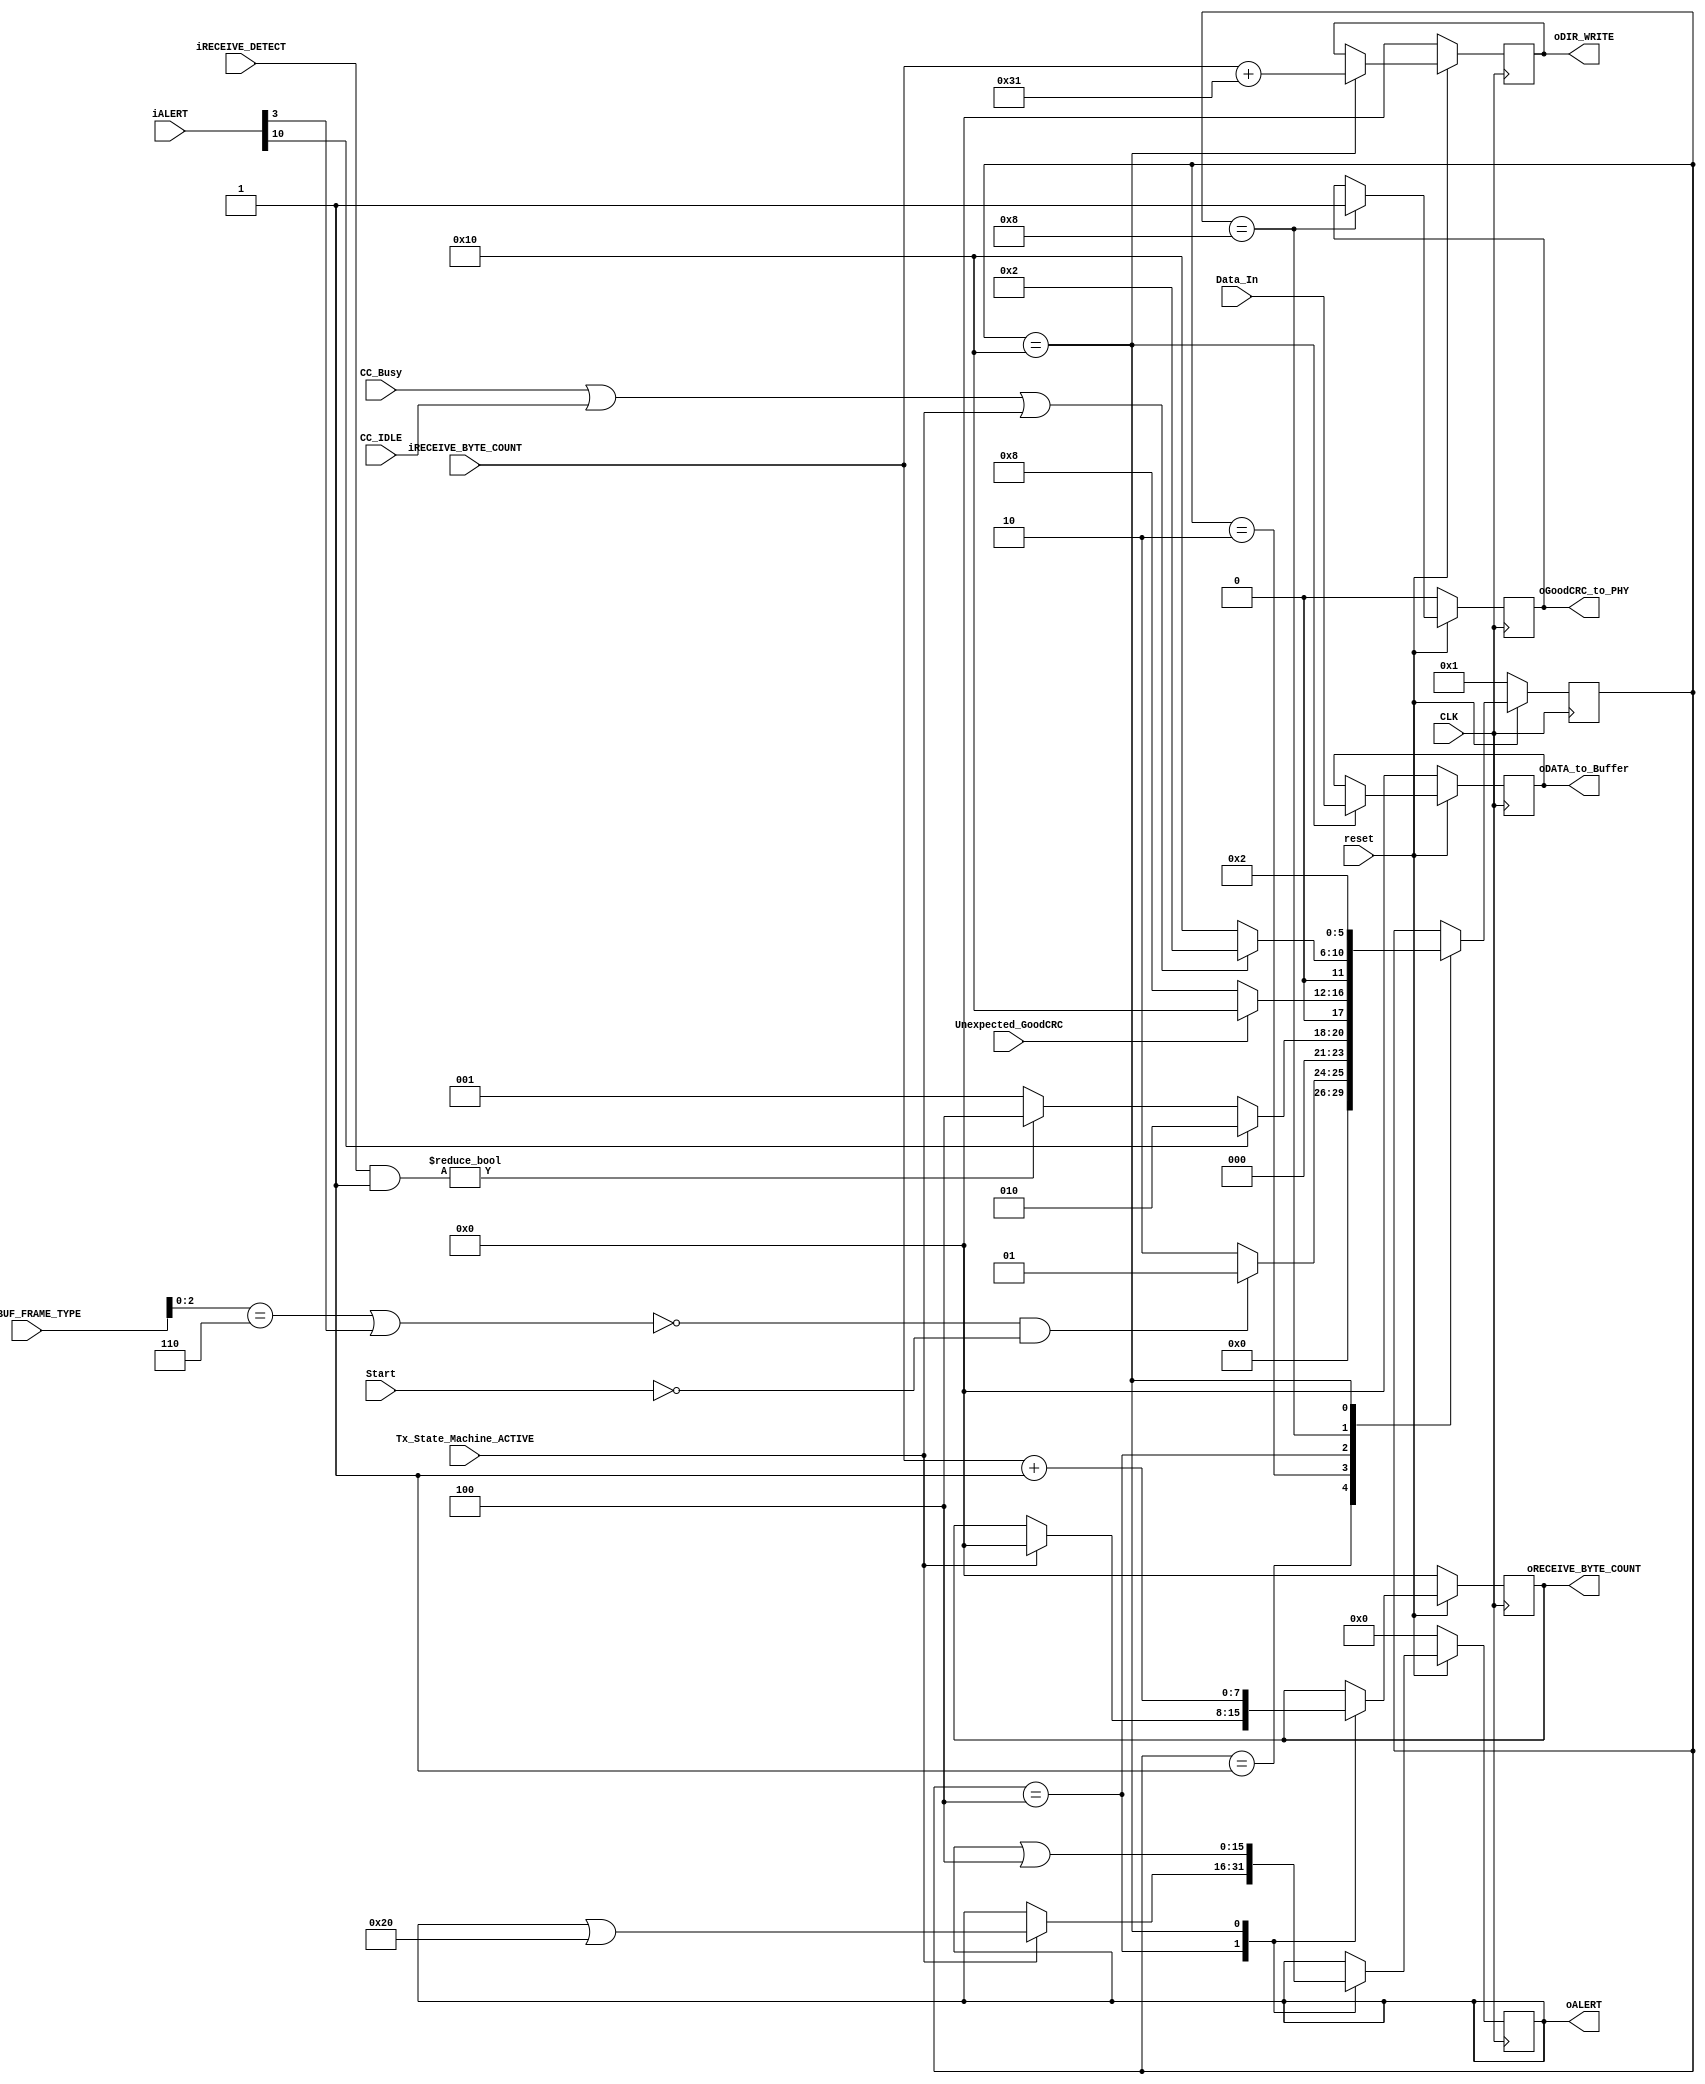
module Rx_Module (CLK, reset, Start, iRX_BUF_FRAME_TYPE, iALERT, iRECEIVE_DETECT, iRECEIVE_BYTE_COUNT, 
					Tx_State_Machine_ACTIVE, Unexpected_GoodCRC, CC_Busy, CC_IDLE, Data_In, oALERT, 
					oRECEIVE_BYTE_COUNT, oGoodCRC_to_PHY, oDIR_WRITE, oDATA_to_Buffer);

//inputs declaration
input wire CC_Busy, CC_IDLE;
input wire CLK;
input wire [7:0] Data_In;
input wire [15:0] iALERT; //B3 Hard Reset 
input wire [7:0] iRECEIVE_BYTE_COUNT;
input wire [7:0] iRECEIVE_DETECT;
input wire [7:0] iRX_BUF_FRAME_TYPE; //B2..0   110b: Received Cable Reset
input wire reset;
input wire Start;
input wire Tx_State_Machine_ACTIVE;
input wire Unexpected_GoodCRC;

//outputs declaration
output reg [15:0] oALERT;
output reg [7:0] oDATA_to_Buffer;
output reg [7:0] oDIR_WRITE;
output reg oGoodCRC_to_PHY;
output reg [7:0] oRECEIVE_BYTE_COUNT;

//variables
reg [15:0] nxt_oALERT;
reg [7:0] nxt_oDATA_to_Buffer;
reg [7:0] nxt_oDIR_WRITE;
reg nxt_oGoodCRC_to_PHY;
reg [7:0] nxt_oRECEIVE_BYTE_COUNT;
reg [5:0] nxt_State;
wire PHY_Reset;
reg [5:0] state;

assign PHY_Reset = (iRX_BUF_FRAME_TYPE[2:0] == 3'b110) || (iALERT[3] == 1);

//macchine states
localparam IDLE = 6'b000001;
localparam PRL_Rx_Wait_for_PHY_message = 6'b000010;
localparam PRL_Rx_Message_Discard = 6'b000100;
localparam PRL_RX_Send_GoodCRC = 6'b001000;
localparam PRL_RX_Report_SOP = 6'b010000;
 
parameter max_iRECEIVE_BYTE_COUNT = 31; 
		

//reset 
always @(posedge CLK) begin 
	if (~reset) begin
		state <= IDLE; //initial state
		oDIR_WRITE <= 8'b0;
		oALERT <= 16'b0;
		oRECEIVE_BYTE_COUNT <= 0;
		oGoodCRC_to_PHY <= 0;
		oDATA_to_Buffer <= 8'b0;
	end else begin
		state <= nxt_State;
		oDIR_WRITE <= nxt_oDIR_WRITE;
		oALERT <= nxt_oALERT;
		oRECEIVE_BYTE_COUNT <= nxt_oRECEIVE_BYTE_COUNT;
		oGoodCRC_to_PHY <= nxt_oGoodCRC_to_PHY;
		oDATA_to_Buffer <= nxt_oDATA_to_Buffer;
	end //end else
end //always @(posedge CLK)


//STATE MACHINE
always @ (*) begin
	nxt_State <= state;
	nxt_oGoodCRC_to_PHY <= oGoodCRC_to_PHY;
	nxt_oDIR_WRITE <= oDIR_WRITE;
	nxt_oALERT <= oALERT;
	nxt_oRECEIVE_BYTE_COUNT <= oRECEIVE_BYTE_COUNT;
	nxt_oGoodCRC_to_PHY <= oGoodCRC_to_PHY;
	nxt_oDATA_to_Buffer <= oDATA_to_Buffer;

	case (state)
		//----------FIRST STATE----------
		IDLE: begin
			//logica de proximo estado
			if (!PHY_Reset && !Start) begin //solo en caso de recibir un hard/cable reset o start se pasa de estado
				nxt_State <= IDLE; 
			end else begin
				nxt_State <= PRL_Rx_Wait_for_PHY_message;
			end
		end //IDLE

		//----------SECOND STATE----------
		PRL_Rx_Wait_for_PHY_message: begin
			//logica de proximo estado
			if (iALERT[10]) begin //si hay buffer overflow, osea el buffer esta lleno
				nxt_State <= PRL_Rx_Wait_for_PHY_message; //esperamo a que el buffer se desocupe
			end else begin
				if (iRECEIVE_DETECT & 8'b1) begin //se detecta que hay un mensaje o un dato 
					nxt_State <= PRL_Rx_Message_Discard;
				end else begin
					nxt_State <= IDLE; //si no recibe mensaje entonces se va a IDLE
				end
			end
		end //PRL_Rx_Wait_for_PHY_message

		//----------FOURTH STATE----------
		PRL_Rx_Message_Discard: begin
			//logica de salida
			if (Tx_State_Machine_ACTIVE) begin //si la maquina de Tx esta activa se descarta el mensaje
				nxt_oALERT <= oALERT | 16'b100000; //bandera que indica que se descato el mensaje ALERT B5
				nxt_oRECEIVE_BYTE_COUNT <= 0; //se pone el BYTE_COUNT en 0 xq se descarto el mensaje
			end else begin
				nxt_oALERT <= oALERT;
			end

			//logica de proximo estado
			if (Unexpected_GoodCRC) begin //dependiendo del CRC se pasa al repor o a enviar un GoodCRC
				nxt_State <= PRL_RX_Report_SOP;
			end else begin
				nxt_State <= PRL_RX_Send_GoodCRC;
			end
		end //PRL_Rx_Message_Discard

		//----------EIGTH STATE----------
		PRL_RX_Send_GoodCRC: begin
			//logica de salida
			nxt_oGoodCRC_to_PHY <= 1; //se notifica al PHY que hubo un goodCRC

			//logica de proximo estado
			//si el CC esta ocupado o en IDLE se va a WAIT
			//si el Tx esta acitca se va a wait xq se descarto el mensaje
			if (CC_Busy || CC_IDLE || Tx_State_Machine_ACTIVE) begin
				nxt_State <= PRL_Rx_Wait_for_PHY_message;	
			end else begin //means goodCRC transmission complete
				nxt_State <= PRL_RX_Report_SOP;	
			end
		end //PRL_RX_Send_GoodCRC

		//----------SIXTEENTH STATE----------
		PRL_RX_Report_SOP: begin
			//logica de salida
			//update RECEIVE BUFFER
			nxt_oDATA_to_Buffer <= Data_In; //se copia el dato que va a ser transmitido a la salida

			//se calcula la direccion en el Rx_BUFFER donde se va a guardar el mensaje
			//a partir del BYTE_COUNT
			nxt_oDIR_WRITE <= iRECEIVE_BYTE_COUNT + 8'h31; //en h31 empieza el frame_type

			nxt_oRECEIVE_BYTE_COUNT <= iRECEIVE_BYTE_COUNT + 1; //se notifica que el BUFFER tiene 1 byte mas

			//BYTE_COUNT (1 Byte Frame, 2 Bytes Header, 28 Bytes Datos)
			if (oRECEIVE_BYTE_COUNT == 31) begin //si el BYTE_COUNT llega a 31, el Rx_BUFFER esta lleno
				nxt_oALERT <= oALERT | 16'b10000000000; //bandera de Overflow
			end else begin
				nxt_oALERT <= oALERT & 16'b1111101111111111; //se asegura que la bandera de overflow este en 0
			end

			nxt_oALERT <= oALERT | 16'b000100; //se notifica que el Rx_BUFFER cambio

			//logica de proximo estado
			nxt_State <= PRL_Rx_Wait_for_PHY_message;
		end //PRL_RX_Report_SOP

	endcase 	
end //end always @ (*) begin

endmodule